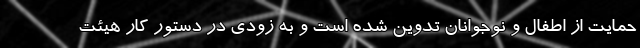
حمایت از اطفال و نوجوانان تدوین شده است و به زودی در دستور کار هیئت